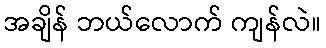
အချိန် ဘယ်လောက် ကျန်လဲ။